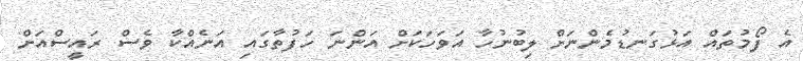
އެ ފޯމުތައް އަޅުގަނޑުމެންނަށް ލިބުނުހާ އަވަހަކަށް އަންނަ ހަފުތާގައި އަނެއްކާ ވެސް ރައީސްއަށް